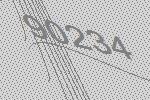
90234